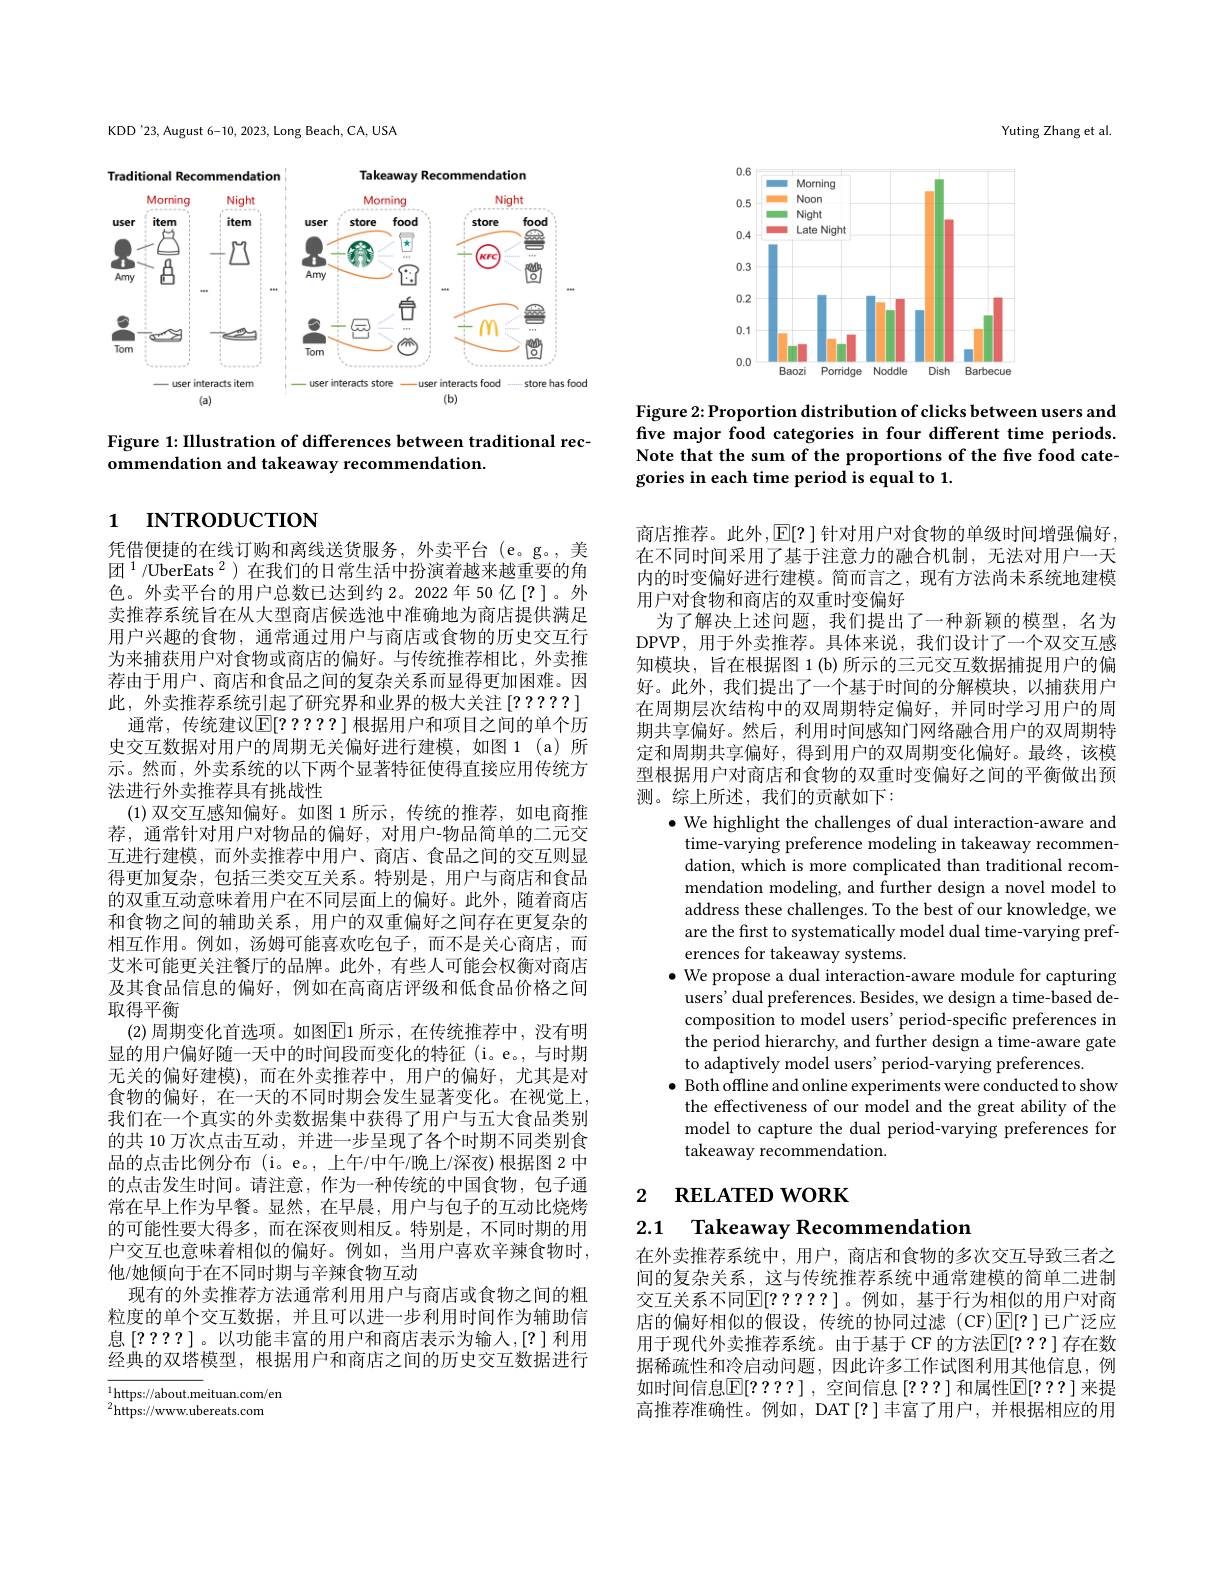
KDD'23, August 6-10, 2023, Long Beach, CA, USA

<FigureHere>

Figure 1: IIlustration of differences between traditional rec-
ommendation and takeaway recommendation.

# 1 INTRODUCTION

凭借便捷的在线订购和离线送货服务，外卖平台(e。g。,美团$^{1}$/UberEats$^2$)在我们的日常生活中扮演着越来越重要的角色。外卖平台的用户总数已达到约 2。2022 年 50 亿[?]。外卖推荐系统旨在从大型商店候选池中准确地为商店提供满足用户兴趣的食物，通常通过用户与商店或食物的历史交互行为来捕获用户对食物或商店的偏好。与传统推荐相比，外卖推荐由于用户、商店和食品之间的复杂关系而显得更加困难。因此，外卖推荐系统引起了研究界和业界的极大关注[?????] 通常，传统建议$\mathbb{E}[????]$ 根据用户和项目之间的单个历史交互数据对用户的周期无关偏好进行建模，如图 1(a)所示。然而，外卖系统的以下两个显著特征使得直接应用传统方法进行外卖推荐具有挑战性
(1)双交互感知偏好。如图 1 所示，传统的推荐，如电商推荐，通常针对用户对物品的偏好，对用户-物品简单的二元交互进行建模，而外卖推荐中用户、商店、食品之间的交互则显得更加复杂，包括三类交互关系。特别是，用户与商店和食品的双重互动意味着用户在不同层面上的偏好。此外，随着商店和食物之间的辅助关系，用户的双重偏好之间存在更复杂的相互作用。例如，汤姆可能喜欢吃包子，而不是关心商店，而艾米可能更关注餐厅的品牌。此外，有些人可能会权衡对商店及其食品信息的偏好，例如在高商店评级和低食品价格之间取得平衡
(2) 周期变化首选项。如图$\boxed{\mathrm{E}}1$ 所示 ,在传统推荐中，没有明显的用户偏好随一天中的时间段而变化的特征(i。e。,与时期无关的偏好建模),而在外卖推荐中，用户的偏好，尤其是对食物的偏好，在一天的不同时期会发生显著变化。在视觉上， 我们在一个真实的外卖数据集中获得了用户与五大食品类别的共 10 万次点击互动，并进一步呈现了各个时期不同类别食品的点击比例分布 (i。e。,上午/中午/晚上/深夜)根据图 2 中的点击发生时间。请注意，作为一种传统的中国食物，包子通常在早上作为早餐。显然，在早晨，用户与包子的互动比烧烤的可能性要大得多，而在深夜则相反。特别是，不同时期的用户交互也意味着相似的偏好。例如，当用户喜欢辛辣食物时， 他/她倾向于在不同时期与辛辣食物互动
现有的外卖推荐方法通常利用用户与商店或食物之间的粗粒度的单个交互数据，并且可以进一步利用时间作为辅助信息[????]。以功能丰富的用户和商店表示为输入，[?]利用经典的双塔模型，根据用户和商店之间的历史交互数据进行$\overline{{^{1}\text{https://about.meituan.com/en}}}$

$^{2}$https://www.ubereats.com

Yuting Zhang et al

<FigureHere>

Figure 2: Proportion distribution of clicks between users and five major food categories in four different time periods. Note that the sum of the proportions of the five food categories in each time period is equal to 1.

商店推荐。此外，E[?]针对用户对食物的单级时间增强偏好， 在不同时间采用了基于注意力的融合机制，无法对用户一天内的时变偏好进行建模。简而言之，现有方法尚未系统地建模用户对食物和商店的双重时变偏好
为了解决上述问题，我们提出了一种新颖的模型，名为DPVP, 用于外卖推荐。具体来说，我们设计了一个双交互感知模块，旨在根据图 1(b)所示的三元交互数据捕捉用户的偏好。此外，我们提出了一个基于时间的分解模块，以捕获用户在周期层次结构中的双周期特定偏好，并同时学习用户的周期共享偏好。然后，利用时间感知门网络融合用户的双周期特定和周期共享偏好，得到用户的双周期变化偏好。最终，该模型根据用户对商店和食物的双重时变偏好之间的平衡做出预测。综上所述，我们的贡献如下：
$\bullet$ We highlight the challenges of dual interaction-aware and
time-varying preference modeling in takeaway recommendation, which is more complicated than traditional recommendation modeling, and further design a novel model to address these challenges. To the best of our knowledge, we are the frst to systematically model dual time-varying preferences for takeaway systems.
$\bullet$ We propose a dual interaction-aware module for capturing
users' dual preferences. Besides, we design a time-based decomposition to model users' period-specific preferences in the period hierarchy, and further design a time-aware gate to adaptively model users' period-varying preferences.
$\bullet$ Both offline and online experiments were conducted to show
the effectiveness of our model and the great ability of the model to capture the dual period-varying preferences for takeaway recommendation.

# 2 RELATED WORK

2.1 Takeaway Recommendation

在外卖推荐系统中，用户，商店和食物的多次交互导致三者之间的复杂关系，这与传统推荐系统中通常建模的简单二进制交互关系不同$\mathbb{E}[?????]$。例如，基于行为相似的用户对商店的偏好相似的假设，传统的协同过滤(CF)$\mathbb{E}[?]$已广泛应用于现代外卖推荐系统。由于基于 CF 的方法$\mathbb{E}[???]$ 存在数据稀疏性和冷启动问题，因此许多工作试图利用其他信息，例如时间信息$\mathbb{E}[????]$,空间信息[???]和属性$\mathbb{E}[???]$来提高推荐准确性。例如，DAT[?]丰富了用户，并根据相应的用